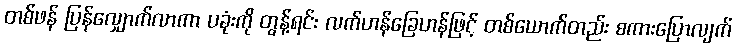
တစ်ဖန် ပြန်လျှောက်လာကာ ပခုံးကို တွန့်ရင်း လက်ဟန်ခြေဟန်ဖြင့် တစ်ယောက်တည်း စကားပြောလျက်